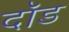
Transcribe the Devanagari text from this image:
दॉड